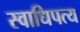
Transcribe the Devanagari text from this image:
स्वाधिपत्य